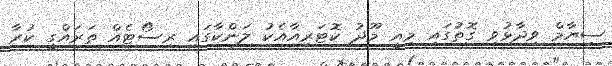
ސިޔާމް ވިދާޅުވި ގޮތުގައި މިއީ މޫދު ކޮޓަރިއާއެކު ލަންކާގައި ރިސޯޓެއް ތަރައްގީ ކުރާ